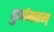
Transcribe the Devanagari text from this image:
दुर्गमतम्